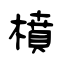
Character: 橨